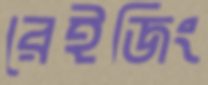
রেইজিং